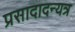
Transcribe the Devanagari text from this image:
प्रसादादन्यत्र